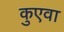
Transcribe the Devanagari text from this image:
कुएवा